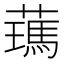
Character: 𦿰